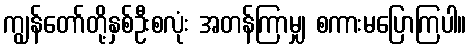
ကျွန်တော်တို့နှစ်ဦးစလုံး အတန်ကြာမျှ စကားမပြောကြပါ။